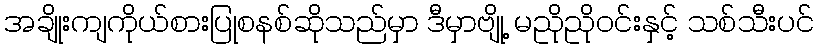
အချိုးကျကိုယ်စားပြုစနစ်ဆိုသည်မှာ ဒီမှာဗျို့ မညိုညိုဝင်းနှင့် သစ်သီးပင်